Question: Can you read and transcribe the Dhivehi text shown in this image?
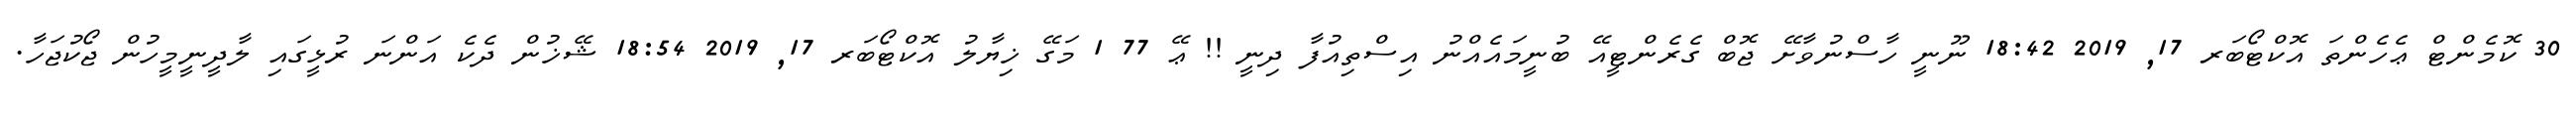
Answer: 30 ކޮމެންޓް ޢެހެންތަ އޮކްޓޯބަރ 17, 2019 18:42 ނޫނީ ހާސްނުވާށޭ ޖޮބް ގެރެންޓީއޭ ބުނީމައެއްނު އިސްތިއުފާ ދިނީ !! ޢޭ 77 1 މަގޭ ޚިޔާލު އޮކްޓޯބަރ 17, 2019 18:54 ޝޭޚުން ދެކެ އަންނަ ރުޅީގައި ލާދީނީމީހުން ޖޯކުޖަހާ.